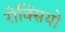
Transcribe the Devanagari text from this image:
रोक्सियो